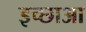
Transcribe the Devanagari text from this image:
इच्छाआ